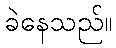
ခဲနေသည်။